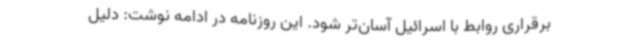
برقراری روابط با اسرائیل آسان‌تر شود. این روزنامه در ادامه نوشت: دلیل